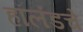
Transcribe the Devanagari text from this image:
हॉलंडचे